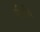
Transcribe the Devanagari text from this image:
पीटीय